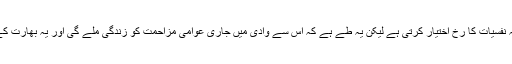
فی الوقت کچھ کہنا مشکل ہے کہ یہ نفسیات کا رخ اختیار کرتی ہے لیکن یہ طے ہے کہ اس سے وادی میں جاری عوامی مزاحمت کو زندگی ملے گی اور یہ بھارت کے لیے خاصا تکلیف دہ ہو سکتا ہے۔